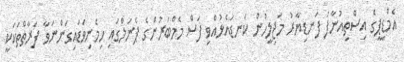
އެމްޑީޕީގެ އިސްތިއުނާފު ފަނޑިޔާރު މަޖިލީހުން ކަނޑައެޅުއްވި ފަސް މެމްބަރުންގެ ޕެނަލްގައި ހިމެނިވަޑައިގަންނަވާ ފަރާތްތަކަކީ